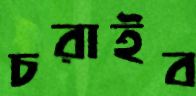
চরাইব